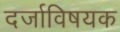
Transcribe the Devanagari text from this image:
दर्जाविषयक